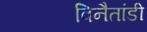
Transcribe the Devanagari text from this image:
विनैतांडी